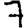
Digit: 7